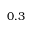
0 . 3